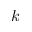
k